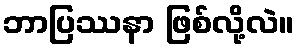
ဘာပြဿနာ ဖြစ်လို့လဲ။